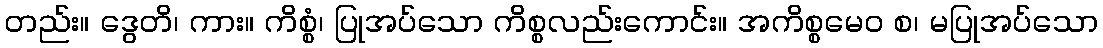
တည်း။ ဒွေတိ၊ ကား။ ကိစ္စံ၊ ပြုအပ်သော ကိစ္စလည်းကောင်း။ အကိစ္စမေဝ စ၊ မပြုအပ်သော